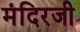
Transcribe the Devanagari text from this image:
मंदिरजी